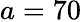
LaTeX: a=70